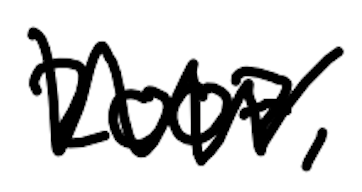
Text: 2007,
Cross-out: zig-zag
Writing tool: digital_black